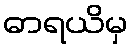
ဓာရယိမှ